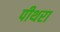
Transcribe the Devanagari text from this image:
पीथरा